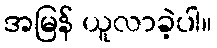
အမြန် ယူလာခဲ့ပါ။